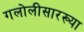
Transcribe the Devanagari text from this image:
गलोलीसारख्या